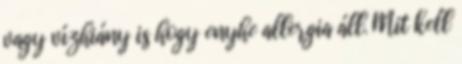
vagy vízhiány is hogy enyhe allergia áll. Mit kell